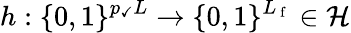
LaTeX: h:\{ 0,1\} ^{p_{\checkmark}L}\rightarrow\{ 0,1\} ^{L_{\mathrm{~f~}}}\in\mathcal{H}